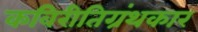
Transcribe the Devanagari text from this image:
कविरीतिग्रंथकार